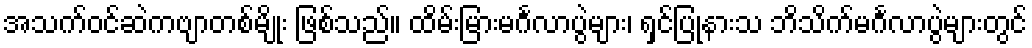
အသက်ဝင်ဆဲကဗျာတစ်မျိုး ဖြစ်သည်။ ထိမ်းမြားမင်္ဂလာပွဲများ၊ ရှင်ပြုနားသ ဘိသိက်မင်္ဂလာပွဲများတွင်